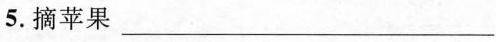
5.摘苹果___